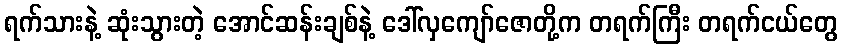
ရက်သားနဲ့ ဆုံးသွားတဲ့ အောင်ဆန်းချစ်နဲ့ ဒေါ်လှကျော်ဇောတို့က တရက်ကြီး တရက်ငယ်တွေ